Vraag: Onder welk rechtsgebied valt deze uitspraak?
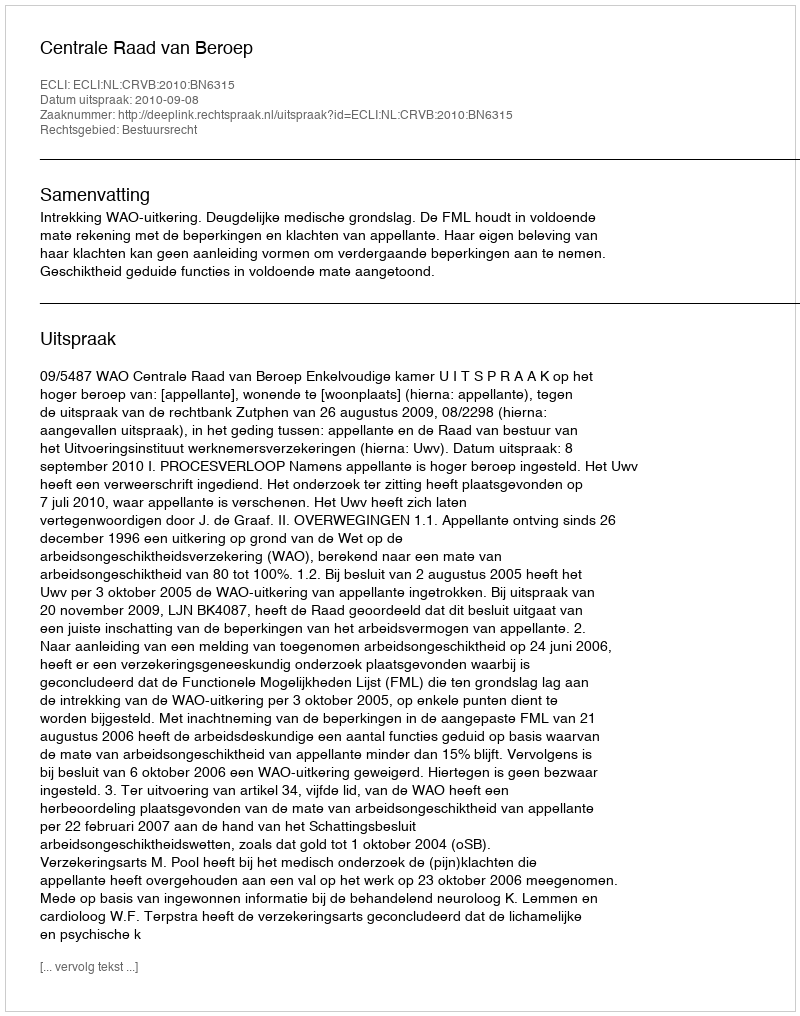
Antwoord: Bestuursrecht